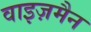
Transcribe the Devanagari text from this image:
वाइज़मैन